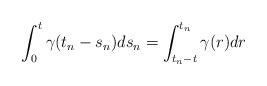
LaTeX: \begin{align*} \int_0^{t}\gamma(t_{n}-s_{n})ds_{n} & = \int_{t_{n}-t}^{t_{n}}\gamma(r)dr \end{align*}